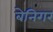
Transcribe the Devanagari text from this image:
बेनिगर